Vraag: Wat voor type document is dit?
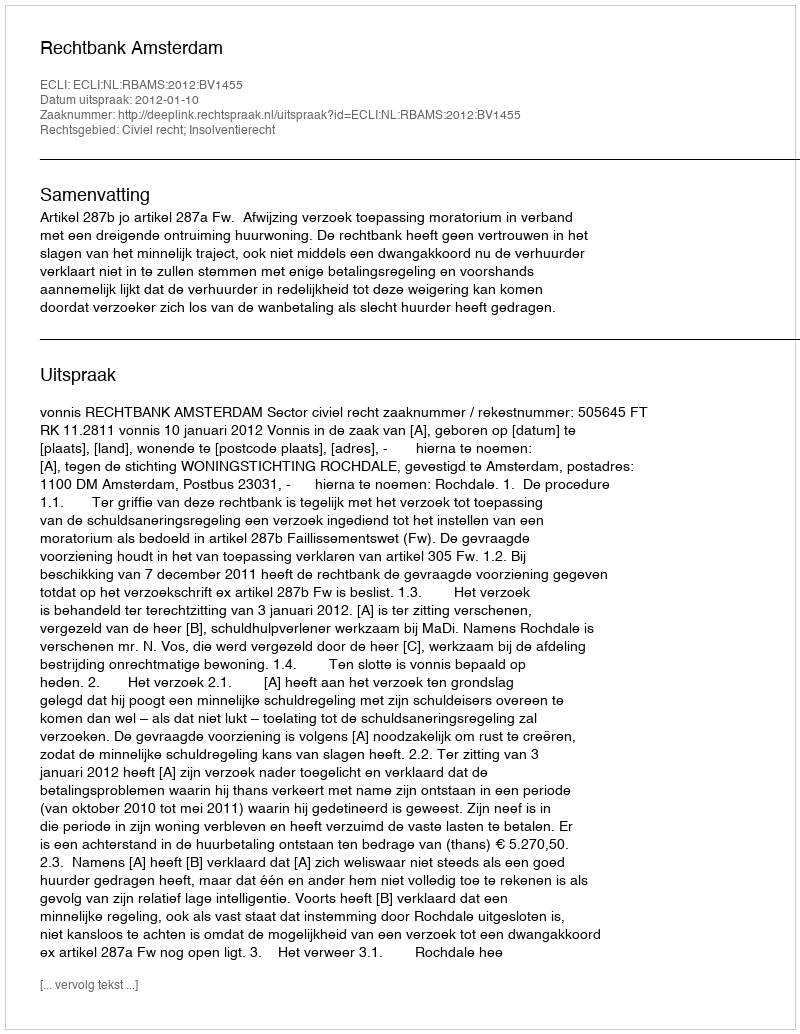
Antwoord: Uitspraak